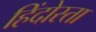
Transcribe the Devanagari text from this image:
हिंदोस्ता